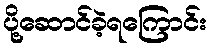
ပို့ဆောင်ခဲ့ရကြောင်း